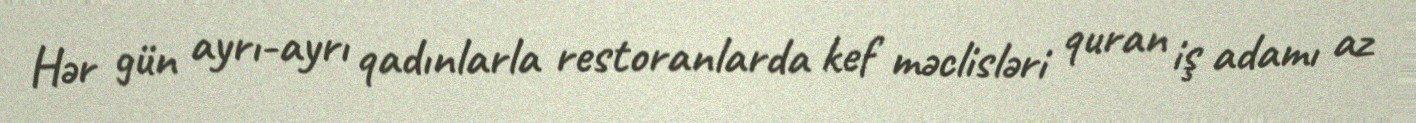
Hər gün ayrı-ayrı qadınlarla restoranlarda kef məclisləri quran iş adamı az